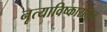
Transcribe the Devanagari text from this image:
नृत्याविष्कारातून